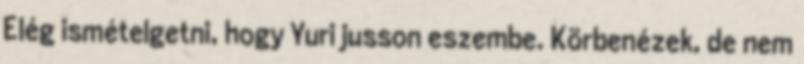
Elég ismételgetni, hogy Yuri jusson eszembe. Körbenézek, de nem